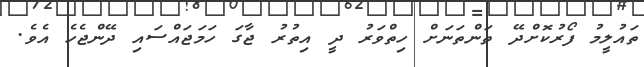
ތައުލީމު ފޯރުކޮށްދޭ ތަންތަނަށް ހިތްވަރު ދީ އިތުރު ޖާގަ ހަމަޖައްސައި ދޭންޖެހެ އެވެ.